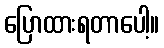
ပြောထားရတာပေါ့။